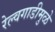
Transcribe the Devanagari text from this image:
रेल्वगाडीमुळे